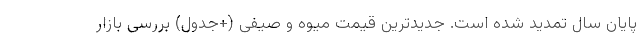
پایان سال تمدید شده است. جدیدترین قیمت میوه و صیفی (+جدول) بررسی بازار